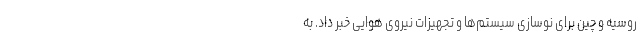
روسیه و چین برای نوسازی سیستم‌ها و تجهیزات نیروی هوایی خبر داد. به